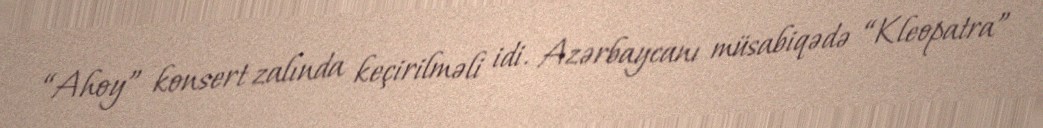
“Ahoy” konsert zalında keçirilməli idi. Azərbaycanı müsabiqədə “Kleopatra”